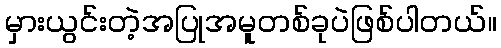
မှားယွင်းတဲ့အပြုအမူတစ်ခုပဲဖြစ်ပါတယ်။